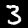
Digit: 3